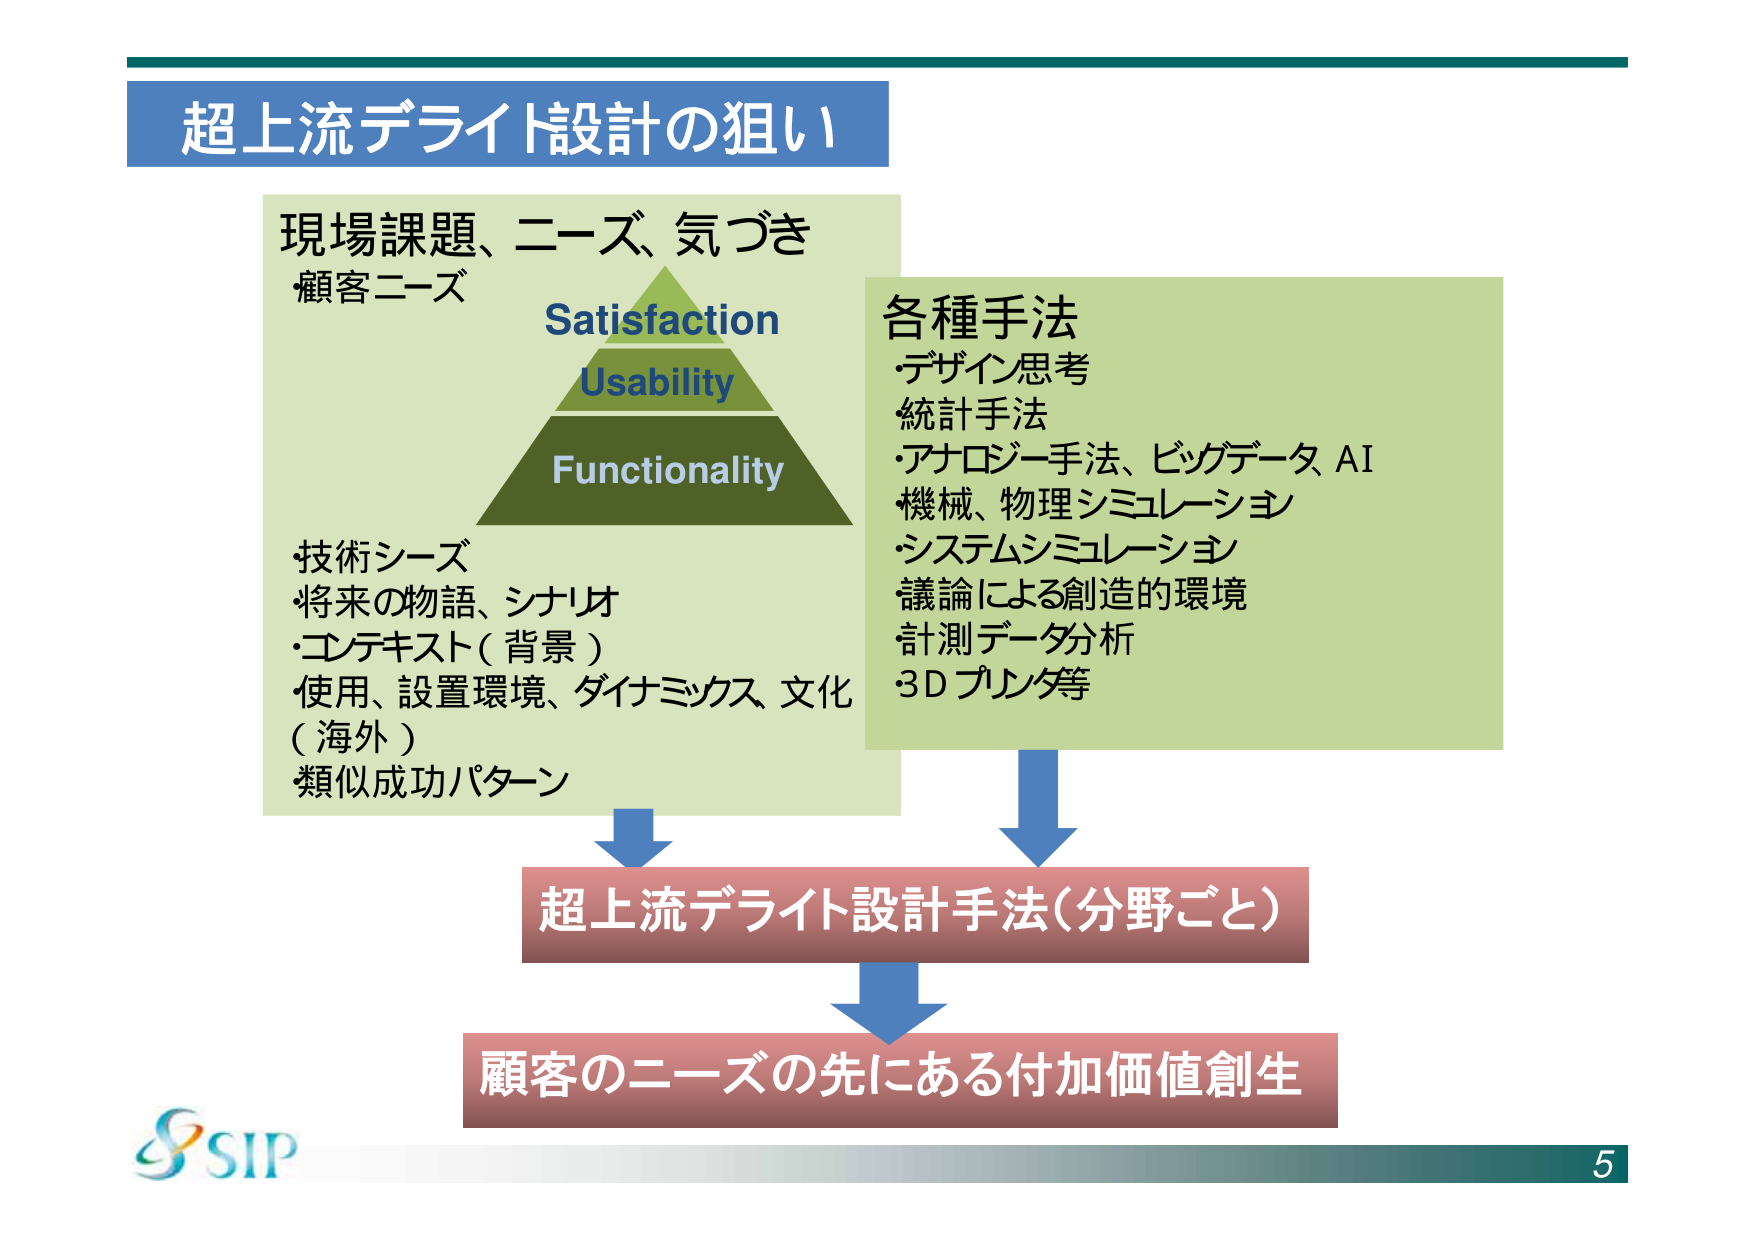
超上流デライト設計の狙い

現場課題、ニーズ、気づき
顧客ニーズ

Satisfaction
Usability
Functionality

・技術シーズ
・将来の物語、シナリオ
・コンテキスト（背景）
・使用、設置環境、ダイナミクス、文化
（海外）
類似成功パターン

各種手法
・デザイン思考
統計手法
・アナロジー手法、ビッグデータ AI
・機械、物理シミュレーション
・システムシミュレーション
議論による創造的環境
計測データ分析
・3D プリンタ等

超上流デライト設計手法（分野ごと）

顧客のニーズの先にある付加価値創生

SIP
5